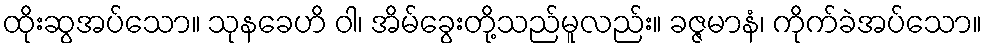
ထိုးဆွအပ်သော။ သုနခေဟိ ဝါ၊ အိမ်ခွေးတို့သည်မူလည်း။ ခဇ္ဇမာနံ၊ ကိုက်ခဲအပ်သော။